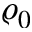
\varrho _ { 0 }